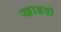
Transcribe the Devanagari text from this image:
खाडवी